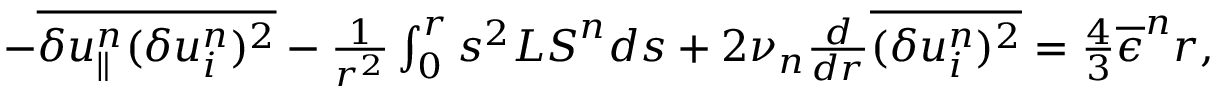
\begin{array} { r } { - \overline { { \delta u _ { \parallel } ^ { n } ( \delta u _ { i } ^ { n } ) ^ { 2 } } } - \frac { 1 } { r ^ { 2 } } \int _ { 0 } ^ { r } s ^ { 2 } { \cal L S } ^ { n } d s + 2 \nu _ { n } \frac { d } { d r } \overline { { ( \delta u _ { i } ^ { n } ) ^ { 2 } } } = \frac { 4 } { 3 } \overline { { \epsilon } } ^ { n } r , } \end{array}